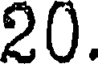
20.